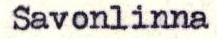
Savonlinna